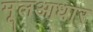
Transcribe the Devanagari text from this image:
मूलआधार